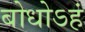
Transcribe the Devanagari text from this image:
बोधोऽहं